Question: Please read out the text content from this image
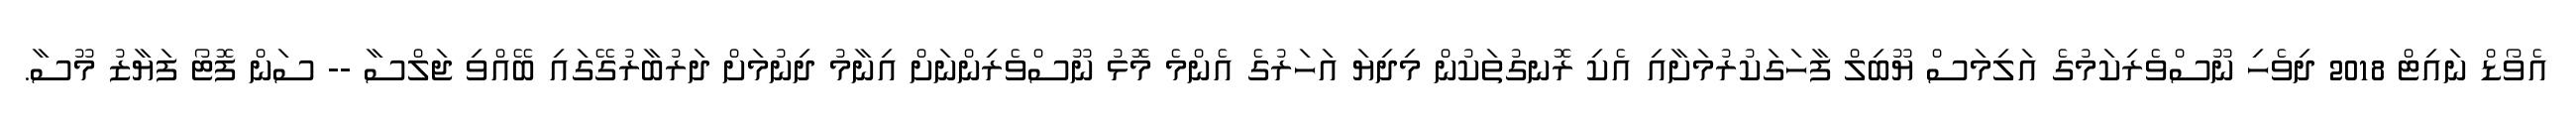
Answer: އެވޯޑް ނައިޓް 2018 ދިވެހި ނޫސްވެރިކަމުގެ އަލިމަސް ޔޫބިލް ފާހަގަކުރުމަށާއި އެކި ރޮނގުތަކުން މިދިޔަ އަހަރުގެ އެންމެ މޮޅު ނޫސްވެރިންނަށް އިނާމު ދިނުމަށް ދަރުބާރުގޭގައި ބޭއްވި ޖަލްސާ -- ސަން ފޮޓޯ ފަޔާޒު މޫސާ.